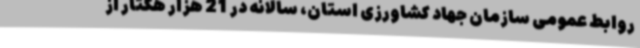
روابط عمومی سازمان جهاد کشاورزی استان، سالانه در 21 هزار هکتار از